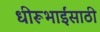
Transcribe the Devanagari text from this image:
धीरूभाईंसाठी